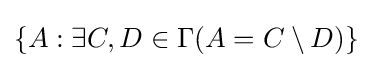
\{A:\exists C,D\in \Gamma (A=C\setminus D)\}